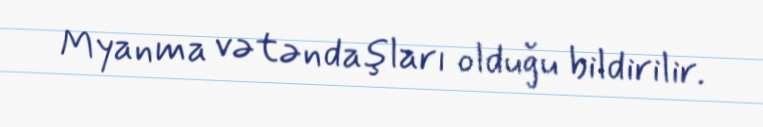
Myanma vətəndaşları olduğu bildirilir.